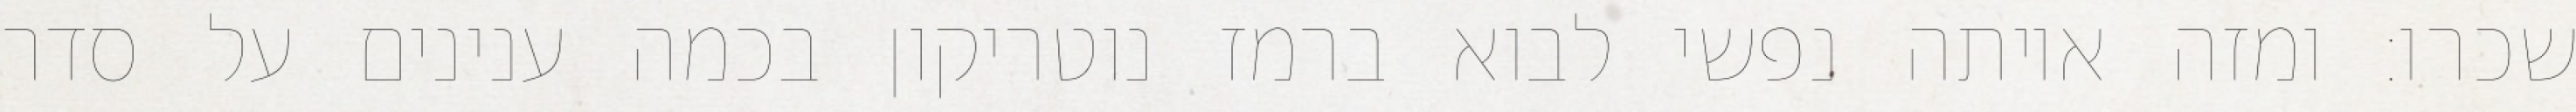
שכרו: ומזה איותה נפשי לבוא ברמז נוטריקון בכמה ענינים על סדר